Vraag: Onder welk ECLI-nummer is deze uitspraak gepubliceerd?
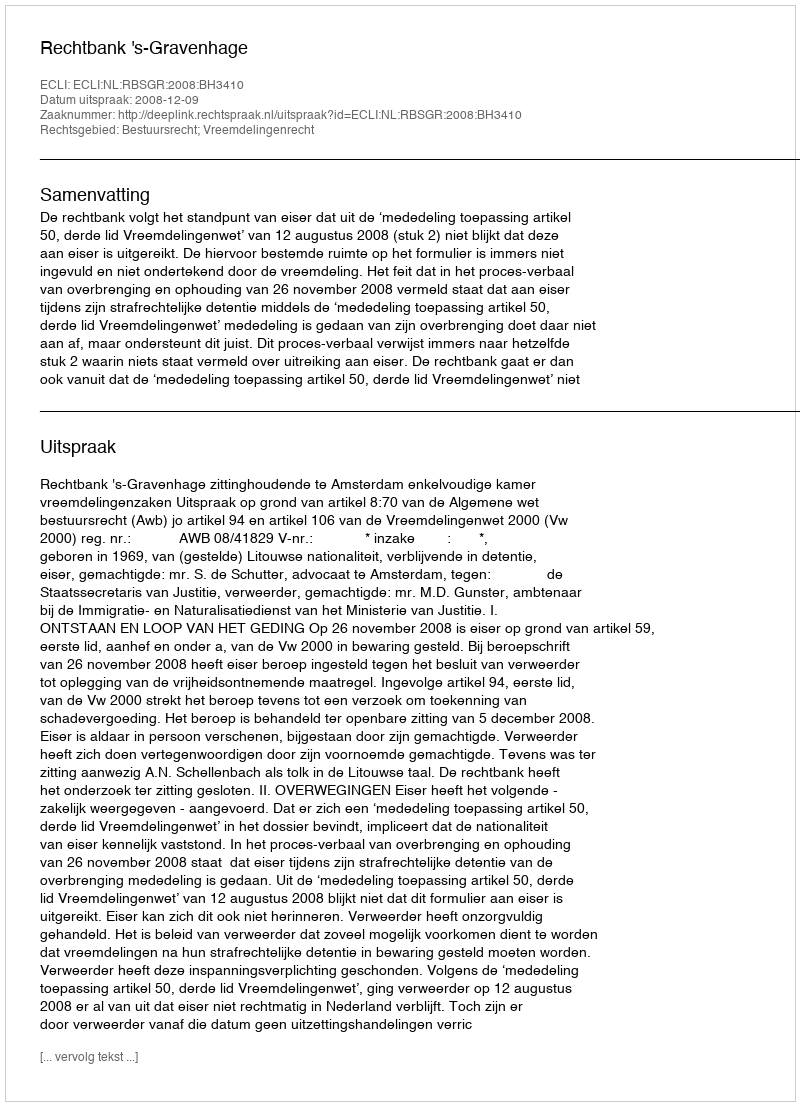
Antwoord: ECLI:NL:RBSGR:2008:BH3410